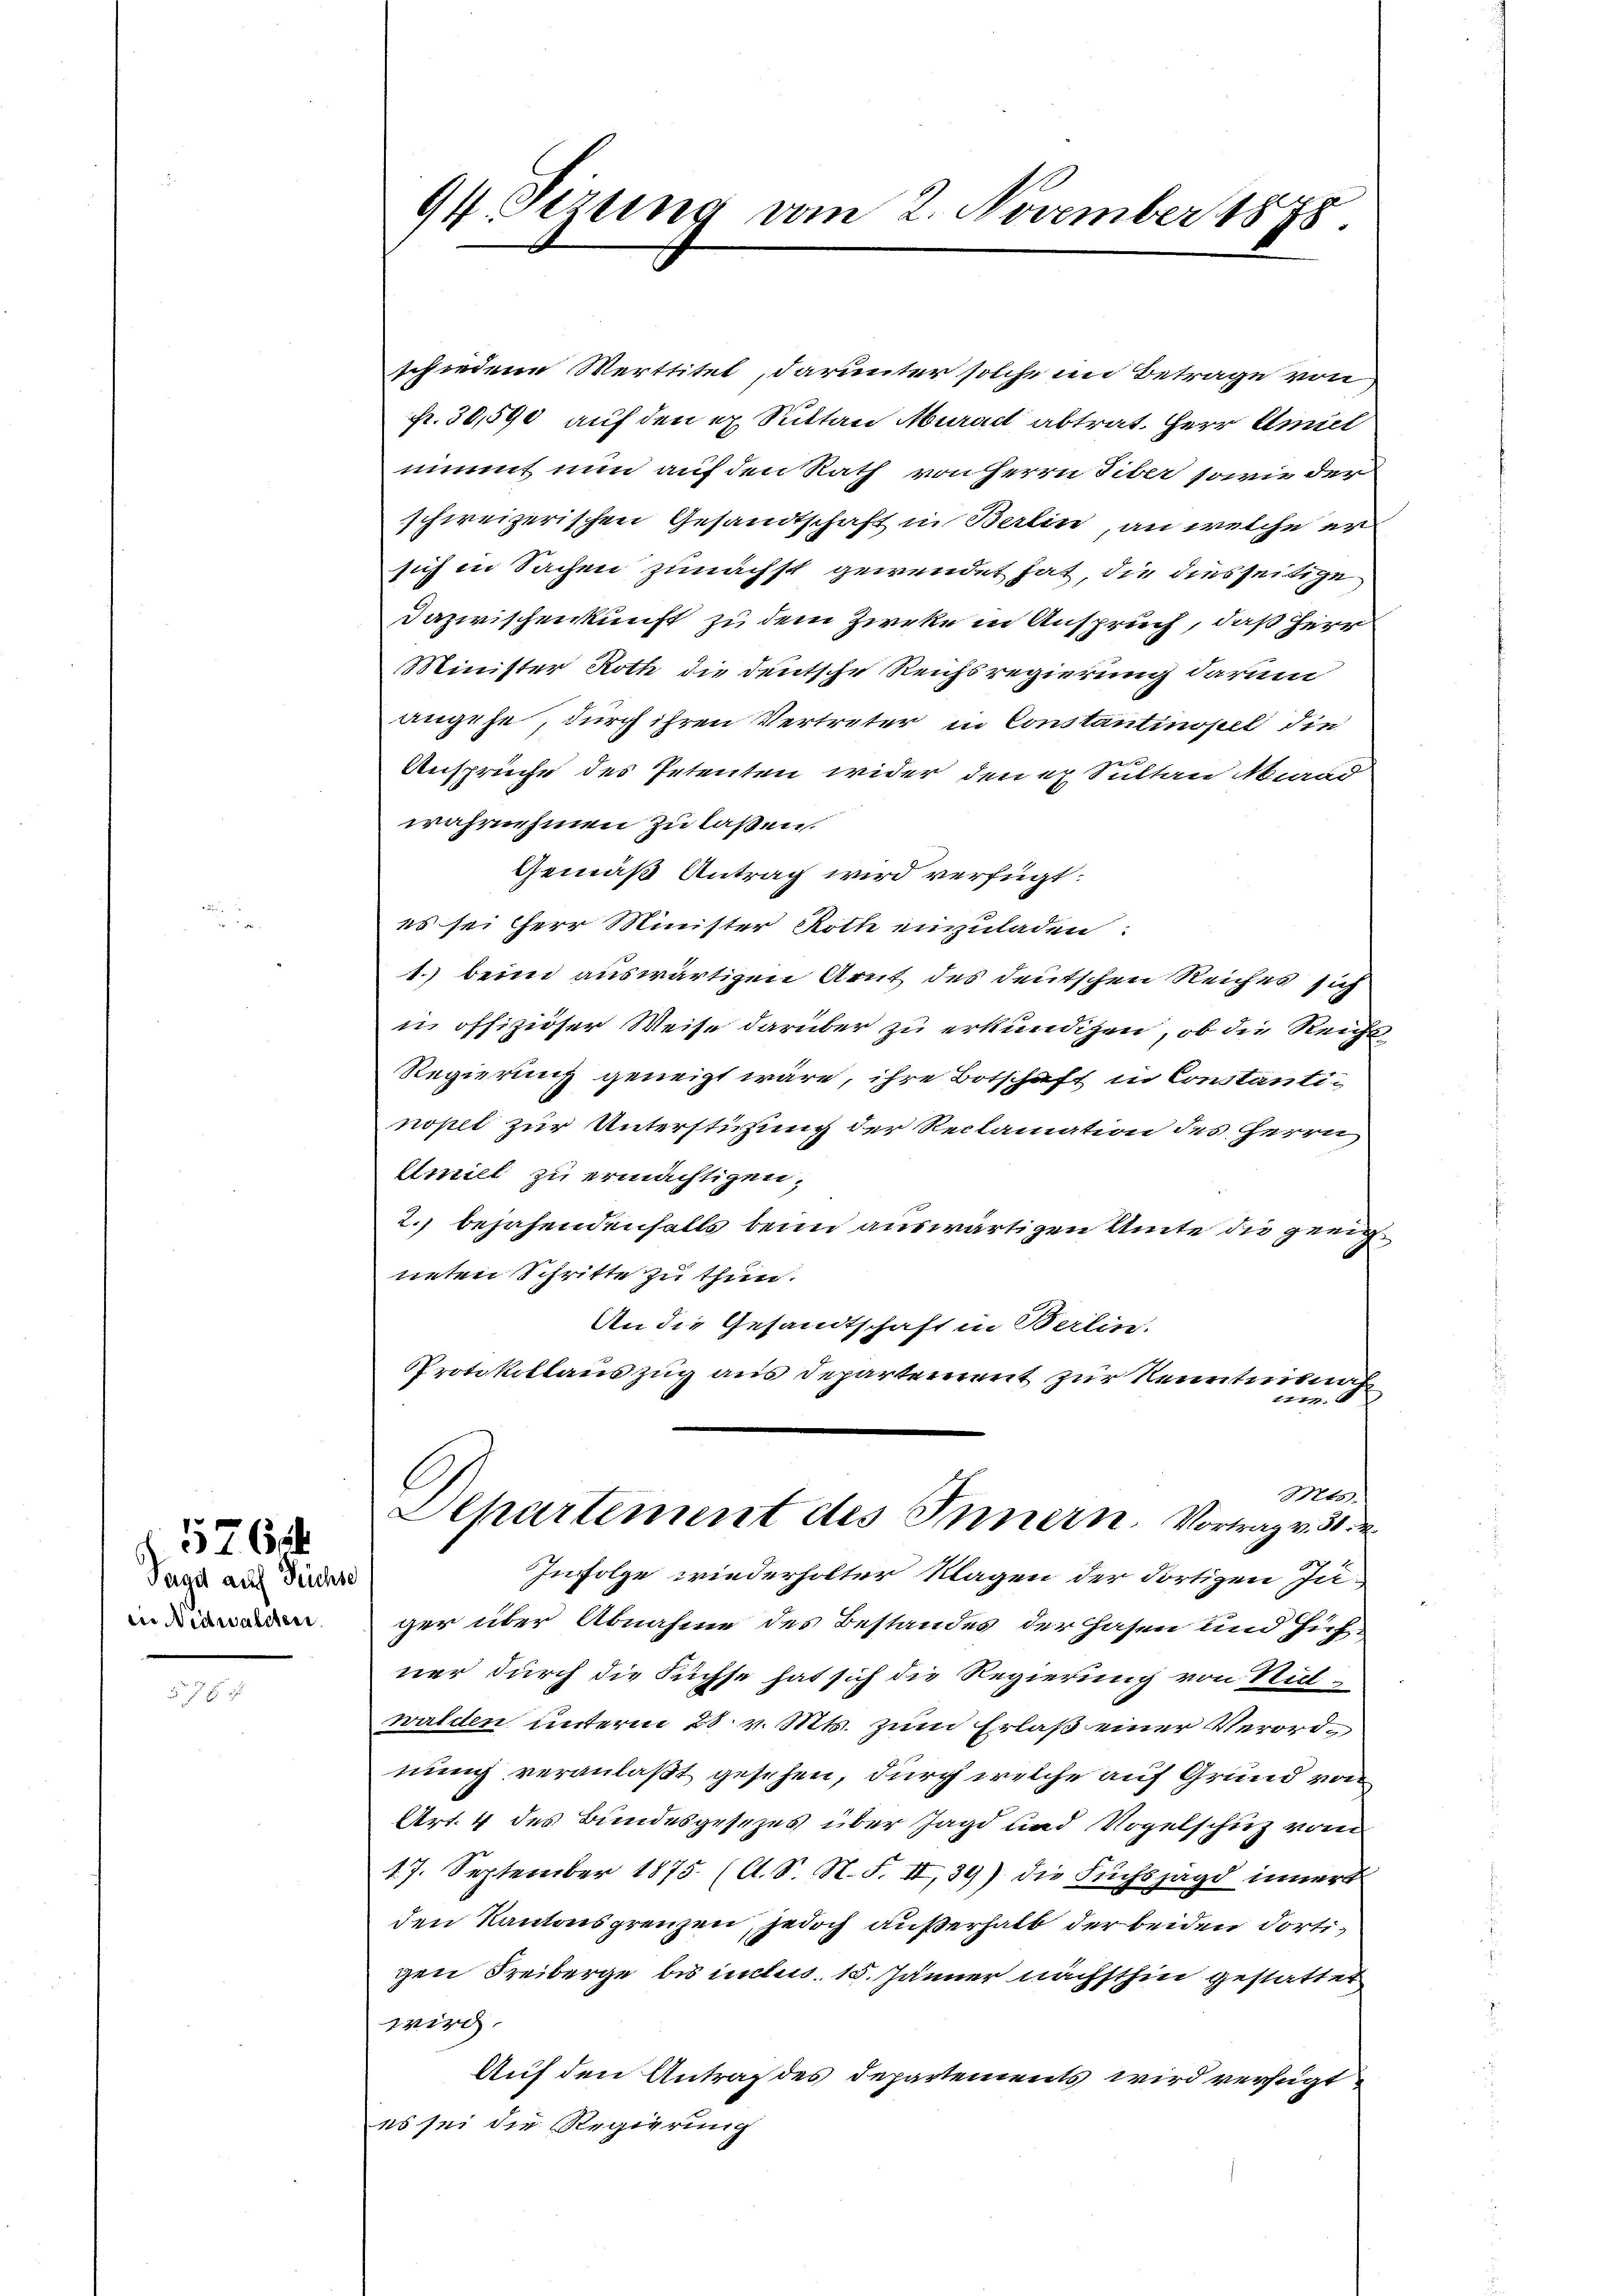
Tagit auf Teichse
in Nidwaldten.

5764

7 f 1

94. Sizung vom 2. November 1878.

schiedene Werttitet, darunter solche im Betrage von
fr. 30,500 auf den ex Suttan Muradt abtrat. Herr Amiet
nimmt nun auf den Rath von Herrn Tiber sowie der
schweizerischen Gesandtschaft in Berlin, an welche er
sich in Sachen zunächst gewendet hat, die diesseitige
Dazwischenkunft zu dem Zirke in Anspruch, daß Herr
Minister Roth die deutsche Reichsregierung darum
angehe, durch ihren Vertreter in Constantinopel die
Ansprüche des Petenten wider den er Sultan Murad
wahrnehmen zu laßen.
Gemäß Antrag wird verfügt:
es sei Herr Minister Roth einzuladen:
1. beim auswärtigen Art des deutschen Reiches sich
in offiziöser Weise darüber zu erkundigen, ob die Reicht
Regierung geneigt wäre, ihre Botschaft in Constanti-
nopel zur Unterstüzung der Reclamation des Herrn
lmill zu ermächtigen,
2.) bejahendenfalls beim auswärtigen Amte die geeigneten Schritte zu thun.
An die Gesandtschaft in Berlin.
Protokollauszug aus Departement zur Neintrituat
1417
Mts.
Aepartement des Innern. Vortrag v. 31.
Infolge wiederholter Klagen der dortigen Juger über Abnahme des Bestandes der Hasen und Hichner durch die Füchse hat sich die Regierung von Sitwalden unterm 28. v. Mts. zum Erlaß einer Verordnung veranlaßt gesehen, durch welche auf Grund von
Art. 4 des Bundesgesezes über Jagd und Vogelschuz vom
17. September 1875. (A. S. N. F. II,39) die Fuchsjagd innert
den Kantonsgrenzen, jedoch außerhalb der beiden dortigen Freiberge bis inclus. 15. Jänner nächsthin gestattet
wird.
Auf den Antrag des Departements wird verfügt
es sei die Regierung